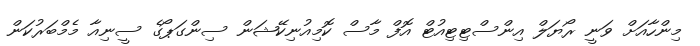
މިންހާއަށް ވަނީ ރޯޔަލް އިންސްޓިޓިއުޓް އޮފް މާސް ކޮމިއުނިކޭޝަން ސިންގަޕޯގެ ސީނިއާ މެމްބަރުކަން